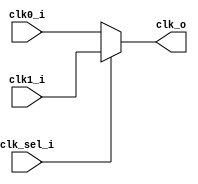
module pulp_clock_mux2 (
	clk0_i,
	clk1_i,
	clk_sel_i,
	clk_o
);
	input wire clk0_i;
	input wire clk1_i;
	input wire clk_sel_i;
	output reg clk_o;
	always @(*)
		if (clk_sel_i == 1'b0)
			clk_o = clk0_i;
		else
			clk_o = clk1_i;
endmodule